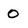
Character: 0